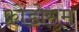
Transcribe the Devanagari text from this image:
फ्रोंडोसम